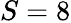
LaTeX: S=8